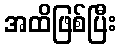
အထိဖြစ်ပြီး